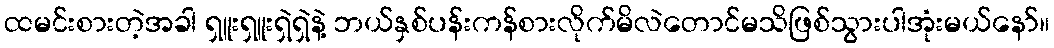
ထမင်းစားတဲ့အခါ ရှူးရှူးရှဲရှဲနဲ့ ဘယ်နှစ်ပန်းကန်စားလိုက်မိလဲတောင်မသိဖြစ်သွားပါအုံးမယ်နော်။